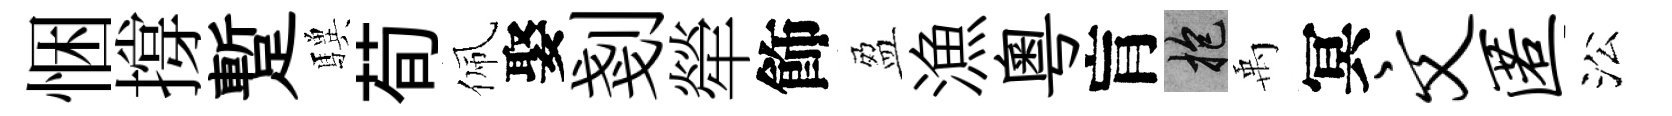
悃撐蹔驥荀佩娶剗犖飾盈漁粵肓抱禹冥文匿㳂